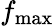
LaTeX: f_{\mathrm{max}}